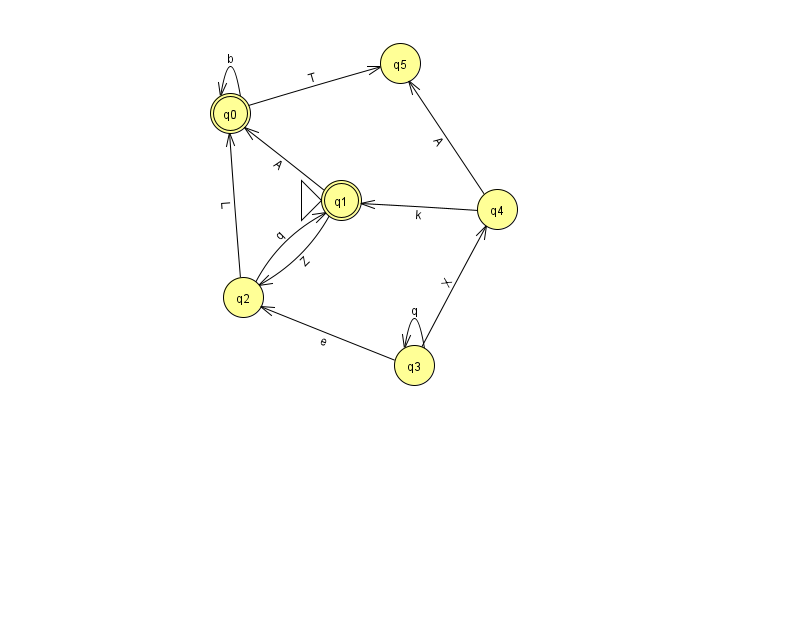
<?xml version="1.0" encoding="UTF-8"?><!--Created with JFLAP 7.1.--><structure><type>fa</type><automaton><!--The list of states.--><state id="0" name="q0"><x>230.0</x><y>100.0</y><final/></state><state id="1" name="q1"><x>341.0</x><y>187.0</y><initial/><final/></state><state id="2" name="q2"><x>243.0</x><y>284.0</y></state><state id="3" name="q3"><x>414.0</x><y>352.0</y></state><state id="4" name="q4"><x>497.0</x><y>196.0</y></state><state id="5" name="q5"><x>400.0</x><y>50.0</y></state><!--The list of transitions.--><transition><from>1</from><to>2</to><read>Z</read></transition><transition><from>3</from><to>3</to><read>q</read></transition><transition><from>4</from><to>1</to><read>k</read></transition><transition><from>0</from><to>0</to><read>b</read></transition><transition><from>1</from><to>0</to><read>A</read></transition><transition><from>2</from><to>0</to><read>L</read></transition><transition><from>3</from><to>2</to><read>e</read></transition><transition><from>0</from><to>5</to><read>T</read></transition><transition><from>3</from><to>4</to><read>X</read></transition><transition><from>2</from><to>1</to><read>q</read></transition><transition><from>4</from><to>5</to><read>A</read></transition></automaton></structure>